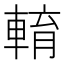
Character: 𨌯